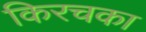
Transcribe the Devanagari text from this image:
किरचका